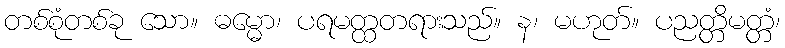
တစ်စုံတစ်ခု သော။ ဓမ္မော၊ ပရမတ္ထတရားသည်။ န၊ မဟုတ်။ ပညတ္တိမတ္တံ၊